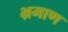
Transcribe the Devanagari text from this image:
भ्रमाण